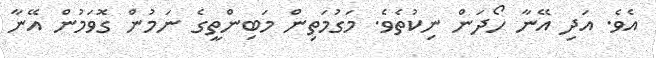
އެވެ. އަދި އޭނާ ހޯދަން ނިކުތެވެ. މަގުމަތިން މަބިންތީގެ ނަމުން ގޮވަމުން އޭނާ